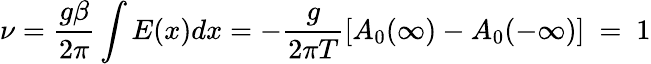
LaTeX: \nu=\frac{g\beta}{2\pi}\int E(x)dx=-\frac{g}{2\pi T}[A_{0}(\infty)-A_{0}(-\infty)]\ =~1